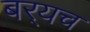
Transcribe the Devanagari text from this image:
बर्‍यच